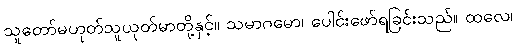
သူတော်မဟုတ်သူယုတ်မာတို့နှင့်။ သမာဂမော၊ ပေါင်းဖော်ရခြင်းသည်။ ထလေ၊